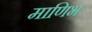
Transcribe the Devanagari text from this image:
माणिभ